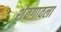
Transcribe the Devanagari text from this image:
शेवगावला